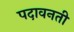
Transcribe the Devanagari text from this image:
पदावनती